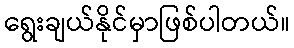
ရွေးချယ်နိုင်မှာဖြစ်ပါတယ်။